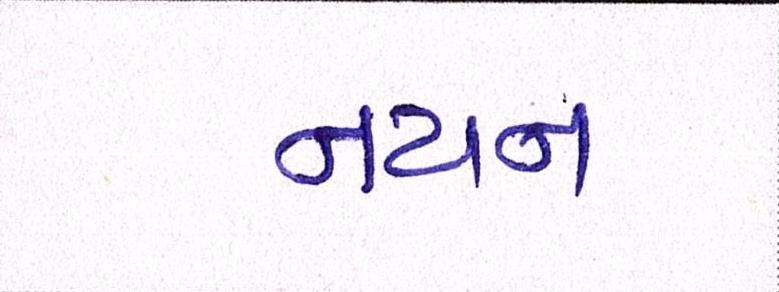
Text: નયન